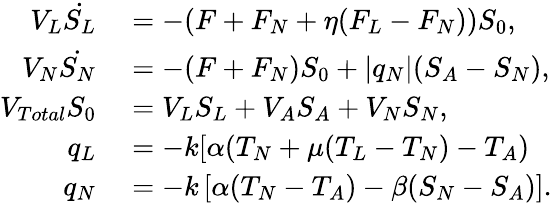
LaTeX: \begin{array}{rl}{V_{L}\dot{S_{L}}}&{{}=-(F+F_{N}+\eta(F_{L}-F_{N}))S_{0},}\\ {V_{N}\dot{S_{N}}}&{{}=-(F+F_{N})S_{0}+|q_{N}|(S_{A}-S_{N}),}\\ {V_{Total}S_{0}}&{{}=V_{L}S_{L}+V_{A}S_{A}+V_{N}S_{N},}\\ {q_{L}}&{{}=-k[\alpha(T_{N}+\mu(T_{L}-T_{N})-T_{A})}\\ {q_{N}}&{{}=-k\left[\alpha(T_{N}-T_{A})-\beta(S_{N}-S_{A})\right].}\end{array}